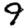
Digit: 9